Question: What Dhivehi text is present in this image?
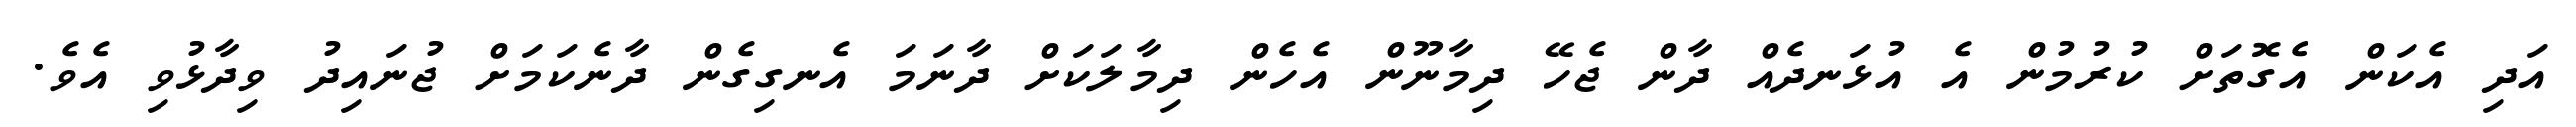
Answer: އަދި އެކަން އެގޮތަށް ކުރުމުން އެ އުޅަނދެއް ދާން ޖެހޭ ދިމާނޫން އެހެން ދިމާލަކަށް ދާނަމަ އެނގިގެން ދާނެކަމަށް ޖުނައިދު ވިދާޅުވި އެވެ.